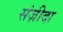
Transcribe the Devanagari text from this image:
संज़ीदा